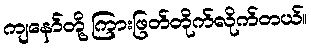
ကျနော်တို့ ကြားဖြတ်တိုက်လိုက်တယ်။